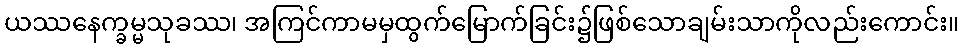
ယဿနေက္ခမ္မသုခဿ၊ အကြင်ကာမမှထွက်မြောက်ခြင်း၌ဖြစ်သောချမ်းသာကိုလည်းကောင်း။